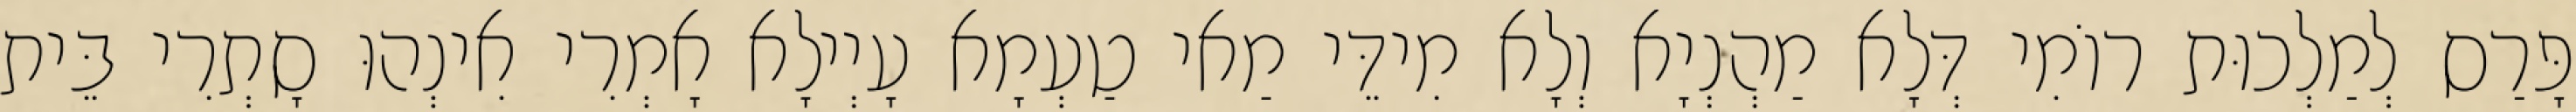
פָּרַס לְמַלְכוּת רוֹמִי דְּלָא מַהְנְיָא וְלָא מִידֵּי מַאי טַעְמָא עָיְילָא אָמְרִי אִינְהוּ סָתְרִי בֵּית